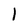
Character: l